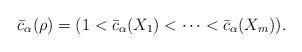
LaTeX: \begin{align*}\bar{c}_\alpha(\rho) = (1 < \bar{c}_\alpha(X_1) < \cdots < \bar{c}_\alpha(X_m)).\end{align*}